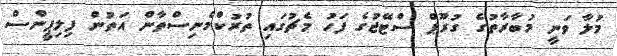
މުލާ ވަނީ މުބާރާތުގެ ގުރޫޕް ސްޓޭޖުގެ ފަހު މެޗުގައި ތުރުކްމެނިސްތާން އަތުން ފިލިޕީންސް